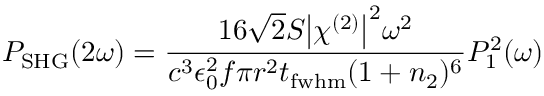
P _ { \mathrm { S H G } } ( 2 \omega ) = \frac { 1 6 \sqrt { 2 } S \big | \chi ^ { ( 2 ) } \big | ^ { 2 } \omega ^ { 2 } } { c ^ { 3 } \epsilon _ { 0 } ^ { 2 } f \pi r ^ { 2 } t _ { \mathrm { f w h m } } ( 1 + n _ { 2 } ) ^ { 6 } } P _ { 1 } ^ { 2 } ( \omega )